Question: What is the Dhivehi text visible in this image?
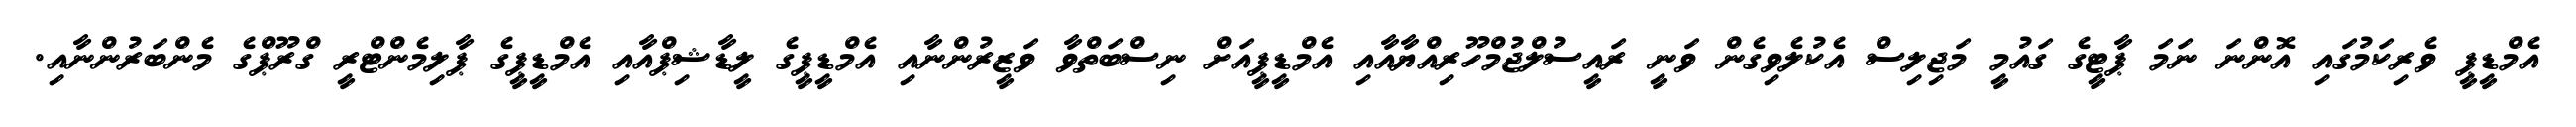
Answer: އެމްޑީޕީ ވެރިކަމުގައި އޮންނަ ނަމަ ޕާޓީގެ ގައުމީ މަޖިލިސް އެކުލެވިގެން ވަނީ ރައީސުލްޖުމްހޫރިއްޔާއާއި އެމްޑީޕީއަށް ނިސްބަތްވާ ވަޒީރުންނާއި އެމްޑީޕީގެ ލީޑާޝިޕްއާއި އެމްޑީޕީގެ ޕާލިމެންޓްރީ ގްރޫޕްގެ މެންބަރުންނާއި.